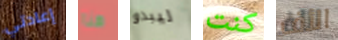
إعادتي هنا ليبدو كنت الأف